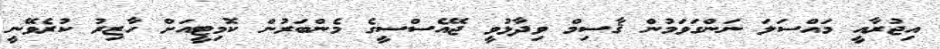
އިޖުރާއީ މައްސަލަ ނަންގަވަމުން ޤާސިމް ވިދާޅުވީ ޖޭއެސްސީގެ މެންބަރުން ކޮމިޓީއަށް ހާޒިރު ކުރެވޭނީ